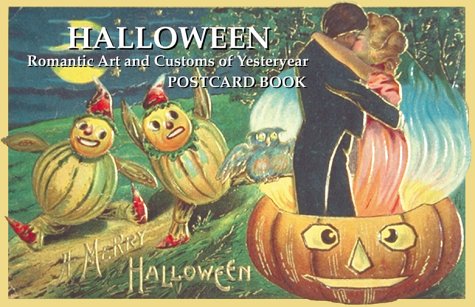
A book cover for Halloween: Romantic Art and Customs of Yesteryear Postcard Book; Diane Arkins; Crafts, Hobbies & Home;